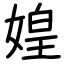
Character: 媓